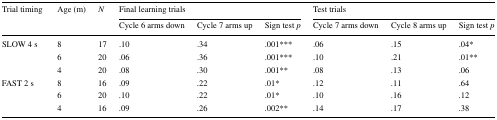
<table><thead><tr><td rowspan="2"><b>Trial timing</b></td><td rowspan="2"><b>Age (m)</b></td><td rowspan="2"><b><i>N</i></b></td><td colspan="3"><b>Final learning trials</b></td><td colspan="3"><b>Test trials</b></td></tr><tr><td><b>Cycle 6 arms down</b></td><td><b>Cycle 7 arms up</b></td><td><b>Sign test <i>p</i></b></td><td><b>Cycle 7 arms down</b></td><td><b>Cycle 8 arms up</b></td><td><b>Sign test <i>p</i></b></td></tr></thead><tbody><tr><td rowspan="3">SLOW 4 s</td><td>8</td><td>17</td><td>.10</td><td>.34</td><td>.001***</td><td>.06</td><td>.15</td><td>.04*</td></tr><tr><td>6</td><td>20</td><td>.06</td><td>.36</td><td>.001***</td><td>.10</td><td>.21</td><td>.01**</td></tr><tr><td>4</td><td>20</td><td>.08</td><td>.30</td><td>.001**</td><td>.08</td><td>.13</td><td>.06</td></tr><tr><td rowspan="3">FAST 2 s</td><td>8</td><td>16</td><td>.09</td><td>.22</td><td>.01*</td><td>.12</td><td>.11</td><td>.64</td></tr><tr><td>6</td><td>20</td><td>.10</td><td>.22</td><td>.01*</td><td>.10</td><td>.16</td><td>.12</td></tr><tr><td>4</td><td>16</td><td>.09</td><td>.26</td><td>.002**</td><td>.14</td><td>.17</td><td>.38</td></tr></tbody></table>